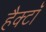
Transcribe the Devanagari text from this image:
हैक्टॉ